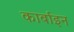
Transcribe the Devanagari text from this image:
कार्बाइन